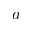
a